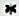
*